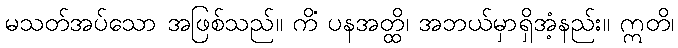
မသတ်အပ်သော အဖြစ်သည်။ ကိံ ပနအတ္ထိ၊ အဘယ်မှာရှိအံ့နည်း။ ဣတိ၊